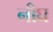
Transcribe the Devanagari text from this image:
नीघ